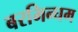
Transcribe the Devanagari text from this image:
बरमिन्घम